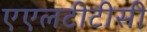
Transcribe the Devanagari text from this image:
एएलटीटीसी